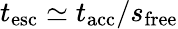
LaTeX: t_{\mathrm{esc}}\simeq t_{\mathrm{acc}}/s_{\mathrm{free}}